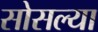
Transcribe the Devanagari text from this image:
सोसल्या